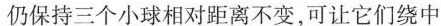
仍保持三个小球相对距离不变，可让它们绕中